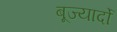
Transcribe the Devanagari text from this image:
बूज्यार्दो